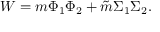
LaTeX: W = m \Phi _ { 1 } \Phi _ { 2 } + \tilde { m } \Sigma _ { 1 } \Sigma _ { 2 } .